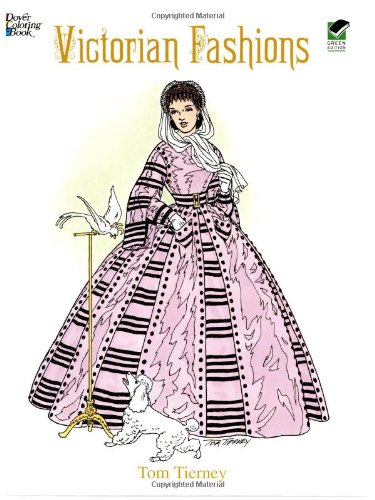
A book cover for Victorian Fashions Coloring Book (Dover Fashion Coloring Book); Tom Tierney; Children's Books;